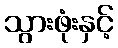
သွားဖုံးနှင့်